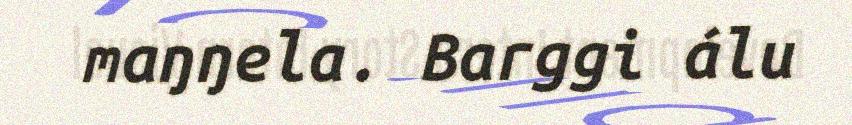
maŋŋela. Barggi álu